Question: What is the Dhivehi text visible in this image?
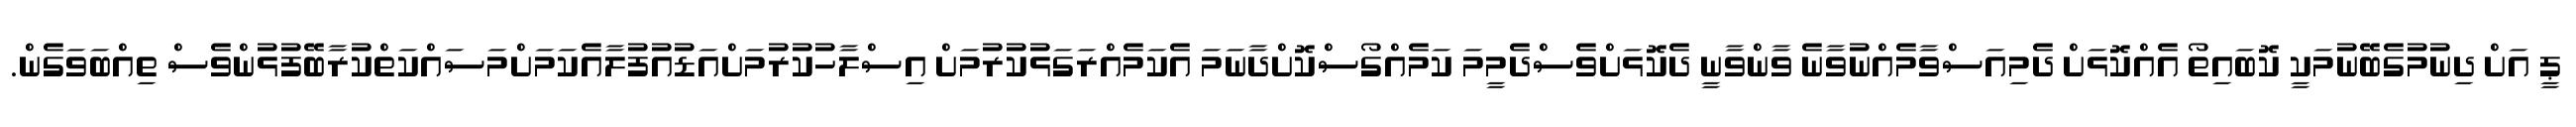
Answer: ޕީ އަށް ދިނުމުގެބޭނުމަކީ ކޮބައިތޯ އެއްކޮޅަށް ދެމިއަސްވާމެއްނުވާނެ ވާންވާނީ ދެކޮޅަށްވެސްދެމީމަ ކަމެއްގޯސްކޮށްދާނަމަ އެކަމެއްރަގަޅުކުރުމަށް އިސްލާހުކުރުމަށްއަޑުއުފުލާއެކަމަށްމަސައްކަތްކުރާބޭފުޅުންވެސް ތިއްބަވަގެން.